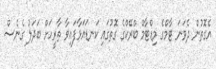
އެގޮތުން ދެވަނަ ޓާމްގެ މިޑްޓާމް ބްރޭކްގެ ގޮތުގައި ކަނޑައަޅާފައިވާ ތާރީހަށް ބަދަލު ގެނެސް